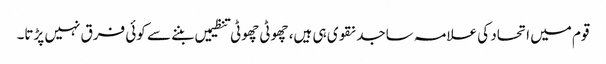
قوم میں اتحاد کی علامہ ساجد نقوی ہی ہیں، چھوٹی چھوٹی تنظیمیں بننے سے کوئی فرق نہیں پڑتا۔